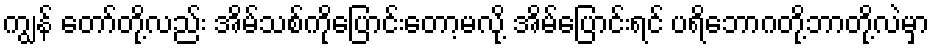
ကျွန် တော်တို့လည်း အိမ်သစ်ကိုပြောင်းတော့မလို့ အိမ်ပြောင်းရင် ပရိဘောဂတို့ဘာတို့လဲမှာ